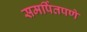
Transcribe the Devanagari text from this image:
समर्पितपणे